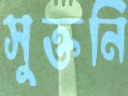
সুক্তনি